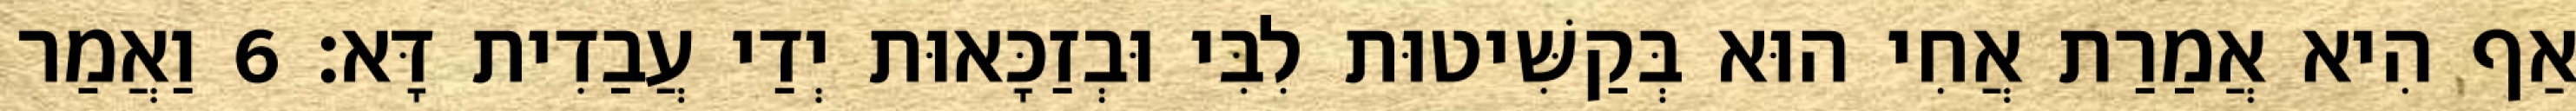
אַף הִיא אֲמַרַת אֲחִי הוּא בְּקַשִּׁיטוּת לִבִּי וּבְזַכָּאוּת יְדַי עֲבַדִית דָּא׃ 6 וַאֲמַר